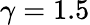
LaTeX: \gamma=1.5